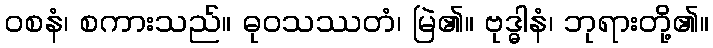
ဝစနံ၊ စကားသည်။ ဓုဝသဿတံ၊ မြဲ၏။ ဗုဒ္ဓါနံ၊ ဘုရားတို့၏။